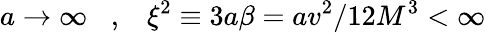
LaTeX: a\rightarrow\infty\, \, \, \, \, ,\, \, \, \, \, \xi^{2}\equiv 3a\beta=av^{2}/12M^{3}<\infty